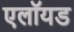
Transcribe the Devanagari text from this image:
एलॉयड